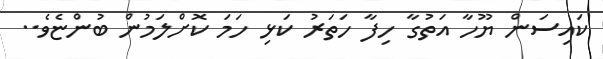
ކައިސަން ޔޫހާ އަތުގާ ހިފާ ހަތަރު ކަޅި ހަމަ ކޮށްލަމުން ބުންޏެވެ..